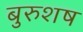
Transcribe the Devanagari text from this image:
बुरुशष